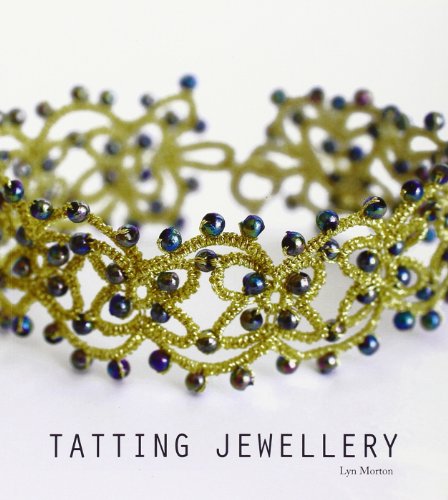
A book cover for Tatting Jewellery; Lyn Morton; Crafts, Hobbies & Home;